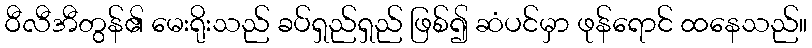
ဝီလီအီတွန်၏ မေးရိုးသည် ခပ်ရှည်ရှည် ဖြစ်၍ ဆံပင်မှာ ဖုန်ရောင် ထနေသည်။